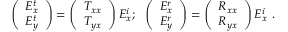
\left( \begin{array} { l } { E _ { x } ^ { t } } \\ { E _ { y } ^ { t } } \end{array} \right) = \left( \begin{array} { l } { T _ { x x } } \\ { T _ { y x } } \end{array} \right) E _ { x } ^ { i } ; ~ ~ \left( \begin{array} { l } { E _ { x } ^ { r } } \\ { E _ { y } ^ { r } } \end{array} \right) = \left( \begin{array} { l } { R _ { x x } } \\ { R _ { y x } } \end{array} \right) E _ { x } ^ { i } \ .